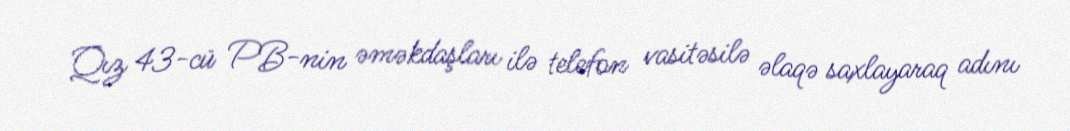
Qız 43-cü PB-nin əməkdaşları ilə telefon vasitəsilə əlaqə saxlayaraq adını